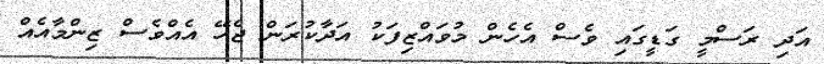
އަދި ރަސްމީ ގަޑީގައި ވެސް އެހެން މުވައްޒިފަކު އަދާކުރަން ޖެހޭ އެއްވެސް ޒިންމާއެއް